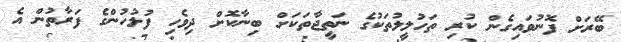
ބޭރަށް ފޮނުވައިގެން ކުރި ތަހުލީލުތަކުގެ ނަތީޖާތަކަށް ބިނާކޮށް ދިވެހި ފުލުހުންގެ ފަރާތުން އެ